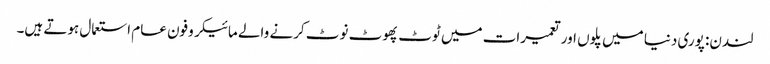
لندن: پوری دنیا میں پلوں اور تعمیرات میں ٹوٹ پھوٹ نوٹ کرنے والے مائیکروفون عام استعمال ہوتے ہیں۔